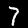
Label: 7